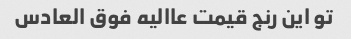
تو این رنج قیمت عاالیه فوق العادس